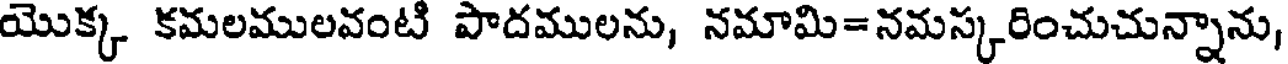
యొక్క కమలములవంటి పాదములను, నమామి=నమస్కరించుచున్నాను,